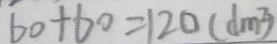
6 0 + 6 0 = 1 2 0 ( d m ^ { 2 } )